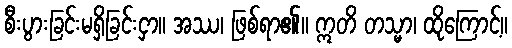
စီးပွားခြင်းမရှိခြင်းငှာ။ အဿ၊ ဖြစ်ရာ၏။ ဣတိ တသ္မာ၊ ထိုကြောင့်။